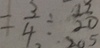
= \frac { 3 } { 4 } \div \frac { 1 7 } { 2 0 }